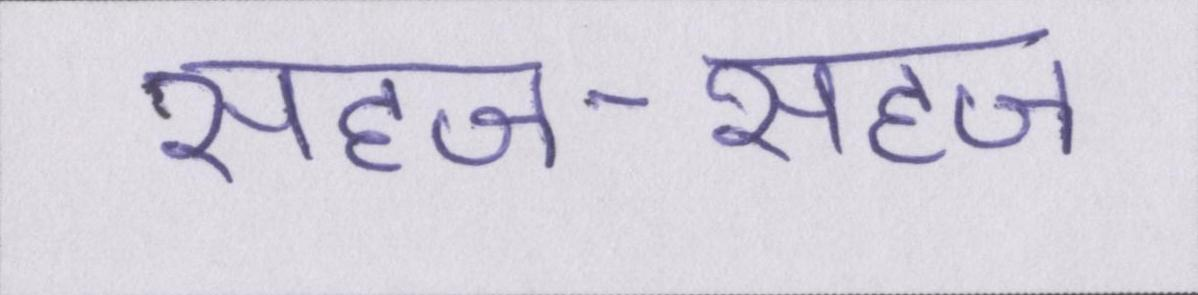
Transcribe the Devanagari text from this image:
सहज-सहज